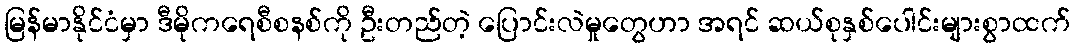
မြန်မာနိုင်ငံမှာ ဒီမိုကရေစီစနစ်ကို ဦးတည်တဲ့ ပြောင်းလဲမှုတွေဟာ အရင် ဆယ်စုနှစ်ပေါင်းများစွာထက်